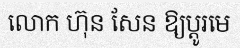
លោក ហ៊ុន សែន ឱ្យប្តូរមេ